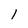
Character: 1